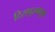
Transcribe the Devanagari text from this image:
दिसपूरमधून